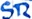
Text: SR